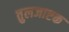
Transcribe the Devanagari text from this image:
तुलजाष्टक